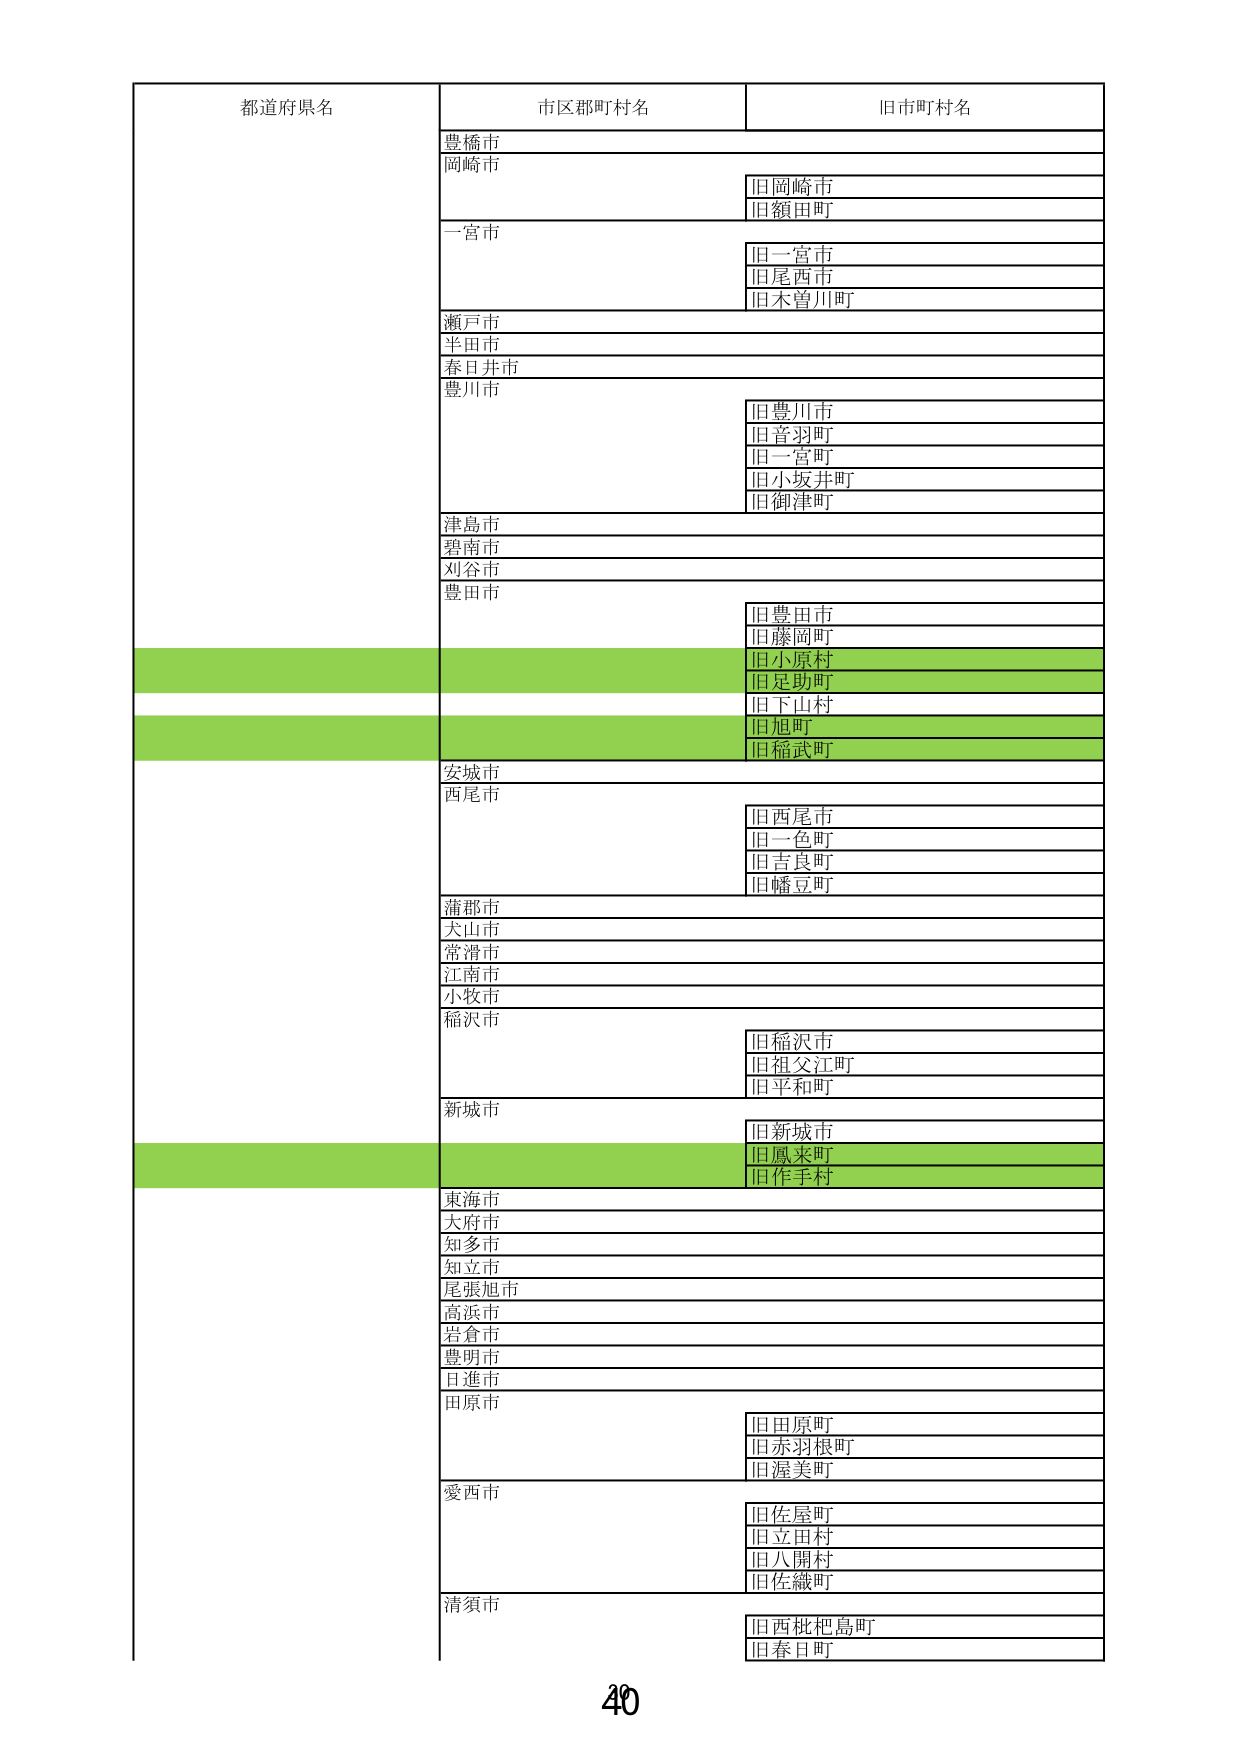
都道府県名
市区郡町村名
旧市町村名
豊橋市
岡崎市
旧岡崎市
旧額田町
一宮市
旧一宮市
旧尾西市
旧木曽川町
瀬戸市
半田市
春日井市
豊川市
旧豊川市
旧音羽町
旧一宮町
旧小坂井町
旧御津町
津島市
碧南市
刈谷市
豊田市
旧豊田市
旧藤岡町
旧小原村
旧足助町
旧下山村
旧旭町
旧稲武町
安城市
西尾市
旧西尾市
旧一色町
旧吉良町
旧幡豆町
蒲郡市
犬山市
常滑市
江南市
小牧市
稲沢市
旧稲沢市
旧祖父江町
旧平和町
新城市
旧新城市
旧鳳来町
旧作手村
東海市
大府市
知多市
知立市
尾張旭市
高浜市
岩倉市
豊明市
日進市
田原市
旧田原町
旧赤羽根町
旧渥美町
愛西市
旧佐屋町
旧立田村
旧八開村
旧佐織町
清須市
旧西枇杷島町
旧春日町
40